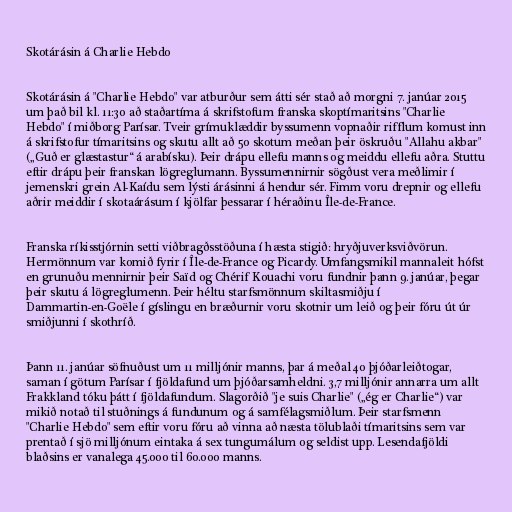
Skotárásin á Charlie Hebdo

Skotárásin á "Charlie Hebdo" var atburður sem átti sér stað að morgni 7. janúar 2015
um það bil kl. 11:30 að staðartíma á skrifstofum franska skoptímaritsins "Charlie
Hebdo" í miðborg Parísar. Tveir grímuklæddir byssumenn vopnaðir rifflum komust inn
á skrifstofur tímaritsins og skutu allt að 50 skotum meðan þeir öskruðu "Allahu akbar"
(„Guð er glæstastur“ á arabísku). Þeir drápu ellefu manns og meiddu ellefu aðra. Stuttu
eftir drápu þeir franskan lögreglumann. Byssumennirnir sögðust vera meðlimir í
jemenskri grein Al-Kaídu sem lýsti árásinni á hendur sér. Fimm voru drepnir og ellefu
aðrir meiddir í skotaárásum í kjölfar þessarar í héraðinu Île-de-France.

Franska ríkisstjórnin setti viðbragðsstöðuna í hæsta stigið: hryðjuverksviðvörun.
Hermönnum var komið fyrir í Île-de-France og Picardy. Umfangsmikil mannaleit hófst
en grunuðu mennirnir þeir Saïd og Chérif Kouachi voru fundnir þann 9. janúar, þegar
þeir skutu á lögreglumenn. Þeir héltu starfsmönnum skiltasmiðju í
Dammartin-en-Goële í gíslingu en bræðurnir voru skotnir um leið og þeir fóru út úr
smiðjunni í skothríð.

Þann 11. janúar söfnuðust um 11 milljónir manns, þar á meðal 40 þjóðarleiðtogar,
saman í götum Parísar í fjöldafund um þjóðarsamheldni. 3,7 milljónir annarra um allt
Frakkland tóku þátt í fjöldafundum. Slagorðið "je suis Charlie" („ég er Charlie“) var
mikið notað til stuðnings á fundunum og á samfélagsmiðlum. Þeir starfsmenn
"Charlie Hebdo" sem eftir voru fóru að vinna að næsta tölublaði tímaritsins sem var
prentað í sjö milljónum eintaka á sex tungumálum og seldist upp. Lesendafjöldi
blaðsins er vanalega 45.000 til 60.000 manns.